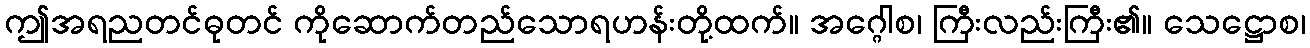
ဤအရညတင်ဓုတင် ကိုဆောက်တည်သောရဟန်းတို့ထက်။ အဂ္ဂေါစ၊ ကြီးလည်းကြီး၏။ သေဋ္ဌောစ၊